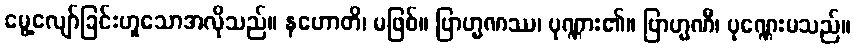
မွေ့လျော်ခြင်းဟူသောအလိုသည်။ နဟောတိ၊ မဖြစ်။ ဗြာဟ္မဏဿ၊ ပုဏ္ဏား၏။ ဗြာဟ္မဏီ၊ ပုဏ္ဏေးမသည်။